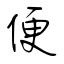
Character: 便